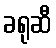
ခရုဆီ